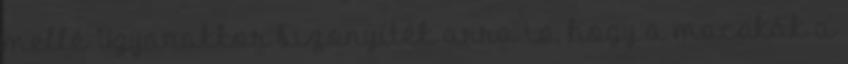
mellé Ugyanakkor bizonyíték arra is, hogy a macskák a